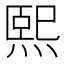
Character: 熙